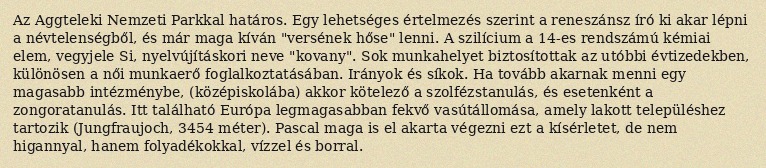
Az Aggteleki Nemzeti Parkkal határos. Egy lehetséges értelmezés szerint a reneszánsz író ki akar lépni a névtelenségből, és már maga kíván "versének hőse" lenni. A szilícium a 14-es rendszámú kémiai elem, vegyjele Si, nyelvújításkori neve "kovany". Sok munkahelyet biztosítottak az utóbbi évtizedekben, különösen a női munkaerő foglalkoztatásában. Irányok és síkok. Ha tovább akarnak menni egy magasabb intézménybe, (középiskolába) akkor kötelező a szolfézstanulás, és esetenként a zongoratanulás. Itt található Európa legmagasabban fekvő vasútállomása, amely lakott településhez tartozik (Jungfraujoch, 3454 méter). Pascal maga is el akarta végezni ezt a kísérletet, de nem higannyal, hanem folyadékokkal, vízzel és borral.